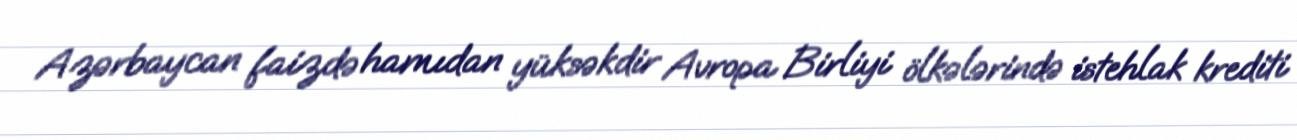
Azərbaycan faizdə hamıdan yüksəkdir Avropa Birliyi ölkələrində istehlak krediti